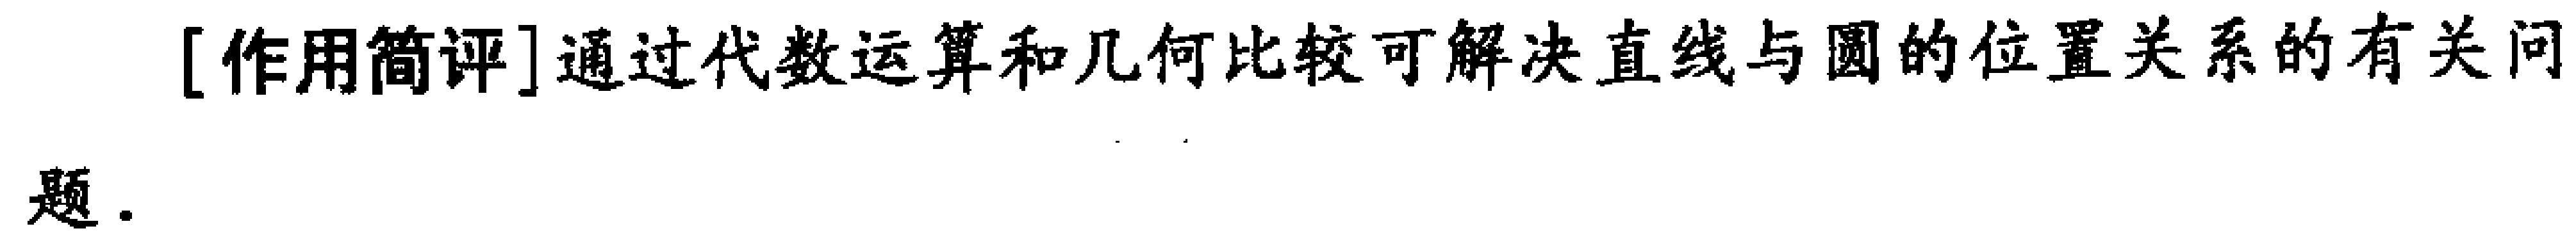
[作用简评]通过代数运算和几何比较可解决直线与圆的位置关系的有关问题.